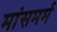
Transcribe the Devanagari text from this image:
मांसमर्म